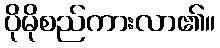
ပိုမိုစည်ကားလာ၏။